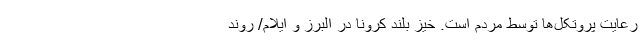
رعایت پروتکل‌ها توسط مردم است. خیز بلند کرونا در البرز و ایلام/ روند